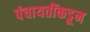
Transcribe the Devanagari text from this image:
पंचायतींकडून